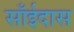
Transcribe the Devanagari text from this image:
साँईदास